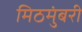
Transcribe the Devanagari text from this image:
मिठमुंबरी